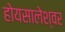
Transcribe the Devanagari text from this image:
होयसालेश्वर